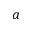
a